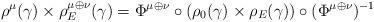
LaTeX: \begin{align*} \rho^\mu(\gamma) \times\rho^{\mu\oplus\nu}_E(\gamma)=\Phi^{\mu\oplus\nu}\circ(\rho_0(\gamma)\times\rho_{E}(\gamma))\circ(\Phi^{\mu\oplus\nu})^{-1}\end{align*}